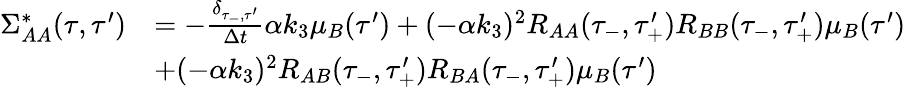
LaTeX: \begin{array}{rl}{\Sigma_{AA}^{*}(\tau,\tau^{\prime})}&{=-\frac{\delta_{\tau_{-},\tau^{\prime}}}{\Delta t}\alpha k_{3}\mu_{B}(\tau^{\prime})+(-\alpha k_{3})^{2}R_{AA}(\tau_{-},\tau_{+}^{\prime})R_{BB}(\tau_{-},\tau_{+}^{\prime})\mu_{B}(\tau^{\prime})}\\ &{+(-\alpha k_{3})^{2}R_{AB}(\tau_{-},\tau_{+}^{\prime})R_{BA}(\tau_{-},\tau_{+}^{\prime})\mu_{B}(\tau^{\prime})}\end{array}